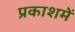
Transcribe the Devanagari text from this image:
प्रकाशमें